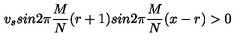
v _ { s } s i n 2 \pi \frac { M } { N } ( r + 1 ) s i n 2 \pi \frac { M } { N } ( x - r ) > 0